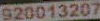
920013207